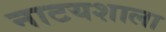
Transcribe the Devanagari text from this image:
नाटयशाला